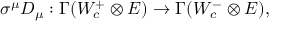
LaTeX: \sigma ^ { \mu } D _ { \mu } : \Gamma ( W _ { c } ^ { + } \otimes E ) \to \Gamma ( W _ { c } ^ { - } \otimes E ) ,